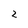
Character: 2